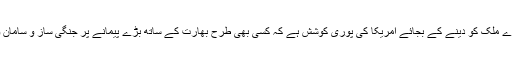
جس کا فائدہ روس، فرانس سمیت کسی دوسرے ملک کو دینے کے بجائے امریکا کی پوری کوشش ہے کہ کسی بھی طرح بھارت کے ساتھ بڑے پیمانے پر جنگی ساز و سامان و آلات پر کھربوں ڈالر کے معاہدے ہوجائیں۔